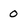
Character: 0